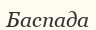
Баспада